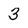
Character: 3